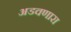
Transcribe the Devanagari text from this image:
अडवणारा